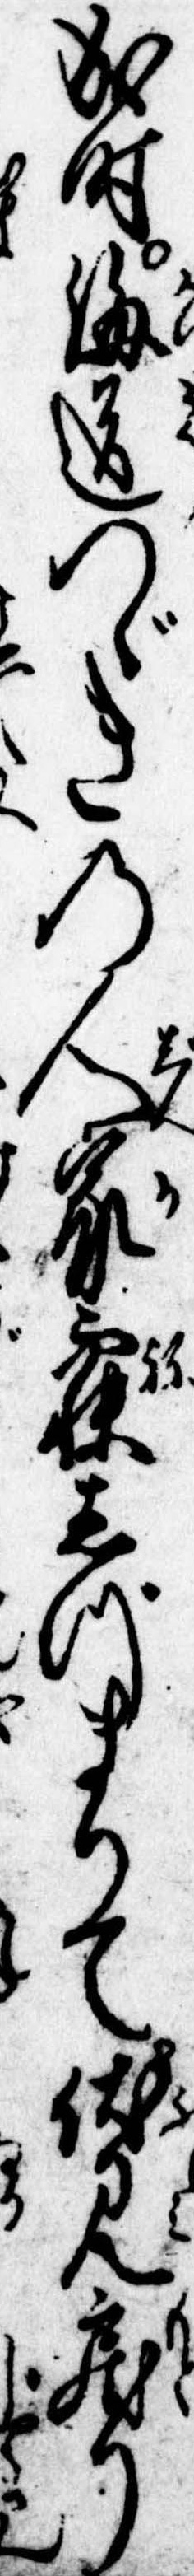
成時海道つゞきの人家寝しづまりて伏見戻り